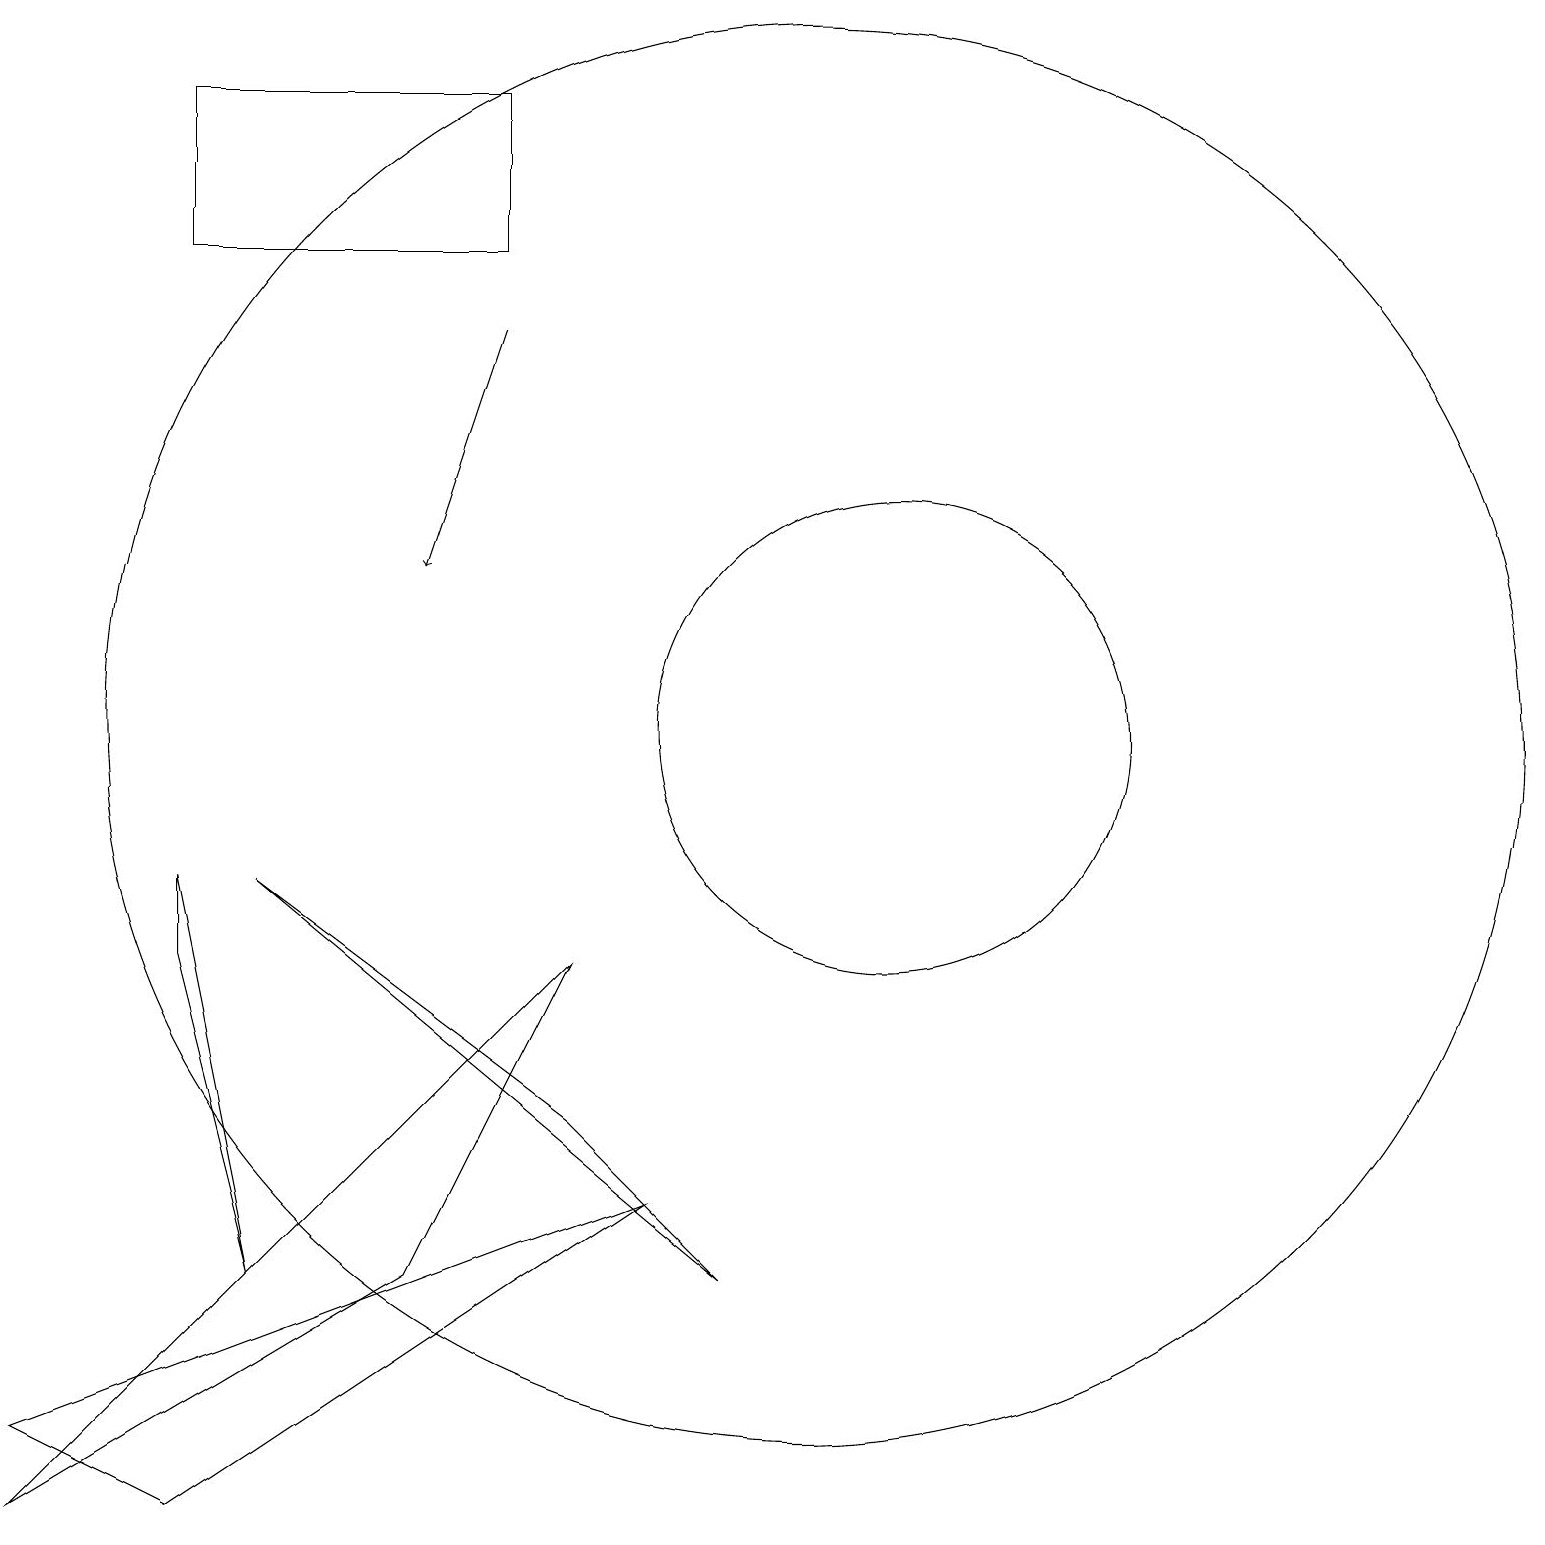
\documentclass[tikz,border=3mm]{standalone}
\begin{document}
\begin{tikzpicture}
\draw (2,9) -- (3,4) -- (2,8) -- cycle;
\draw (3,9) -- (9,4) -- (7,6) -- cycle;
\draw (10,11) circle (9);
\draw (0,1) -- (7,8) -- (5,4) -- cycle;
\draw (2,1) -- (8,5) -- (0,2) -- cycle;
\draw[->] (6,16) -- (5,13);
\draw (2,19) rectangle (6,17);
\draw (11,11) circle (3);
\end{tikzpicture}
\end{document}